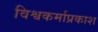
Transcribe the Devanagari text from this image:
विश्वकर्माप्रकाश